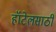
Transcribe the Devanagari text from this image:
हॉटेलसाठी